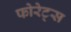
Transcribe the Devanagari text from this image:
फोरेट्स